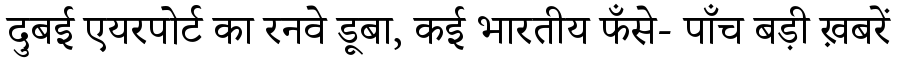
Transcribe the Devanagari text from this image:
दुबई एयरपोर्ट का रनवे डूबा, कई भारतीय फँसे- पाँच बड़ी ख़बरें